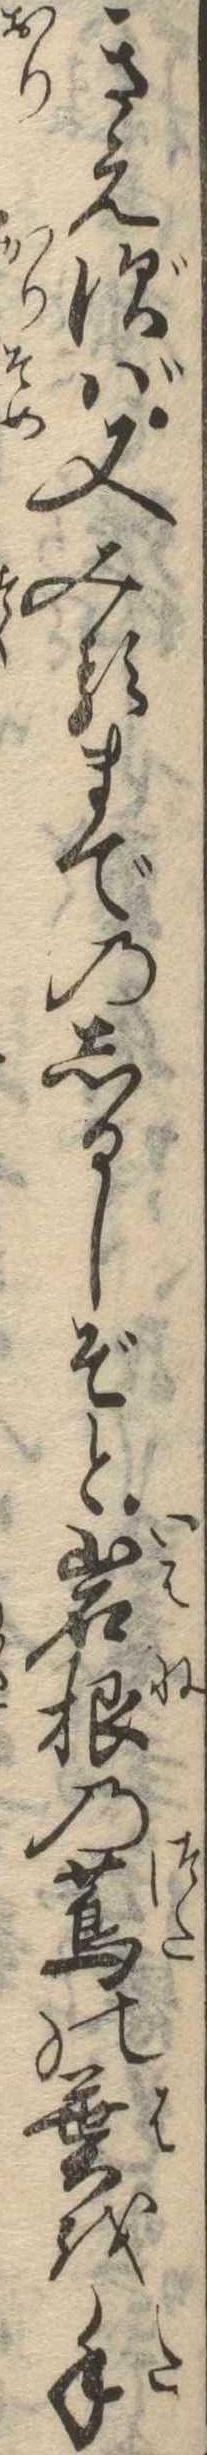
きえずば又みるまでのしるしぞと岩根の蔦の葉を手